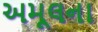
અમૂલના